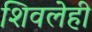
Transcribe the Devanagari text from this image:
शिवलेही